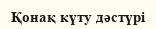
Қонақ күту дәстүрі